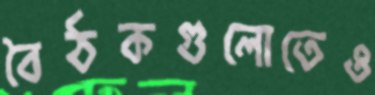
বৈঠকগুলোতেও